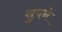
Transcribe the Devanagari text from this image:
सुपने